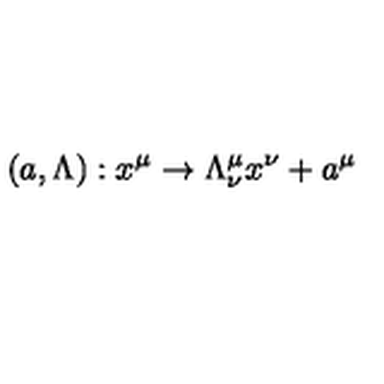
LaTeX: ( a , \Lambda ) : x ^ { \mu } \rightarrow \Lambda _ { \nu } ^ { \mu } x ^ { \nu } + a ^ { \mu }